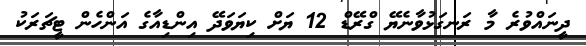
ދީނައްވުރެ މާ ރަނގަޅުވާނެޔޭ ގްރޭޑް 12 ޔަށް ކިޔަވަދޭ އިންޑިއާގެ އަންހެން ޓީޗަރަކު